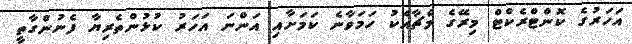
އަހަރުގެ ކޮންޓްރެކްޓް މިރޭގެ މެޗާއެކު ހަމަވާނެ ކަމަށާއި އަންނަ އަހަރު ކުޅުންތެރިޔާ ފެނުންގާތީ